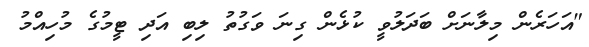
"އަހަރެން މިލާނަށް ބަދަލުވީ ކުޅެން ގިނަ ވަގުތު ލިބި އަދި ޓީމުގެ މުހިއްމު